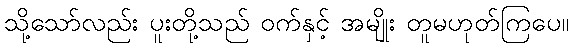
သို့သော်လည်း ပူးတို့သည် ဝက်နှင့် အမျိုး တူမဟုတ်ကြပေ။